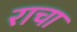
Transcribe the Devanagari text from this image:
राचा